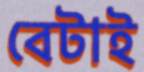
বেটাই